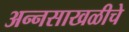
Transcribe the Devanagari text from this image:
अन्नसाखळीचे